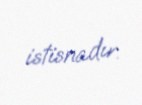
istisnadır.